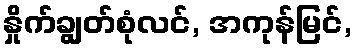
နှိုက်ချွတ်စုံလင်, အကုန်မြင်,